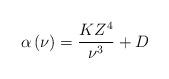
LaTeX: \begin{align*}\alpha \left( \nu \right) = \frac{KZ^4}{\nu ^3} + D\end{align*}